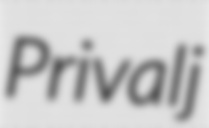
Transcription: Privalj